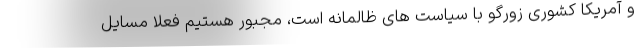
و آمریکا کشوری زورگو با سیاست های ظالمانه است، مجبور هستیم فعلاً مسایل